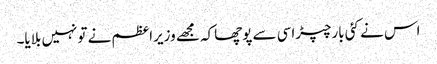
اس نے کئی بارچپڑاسی سے پوچھاکہ مجھے وزیراعظم نے تونہیں بلایا۔